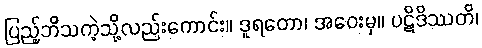
ပြည့်ဘိသကဲ့သို့လည်းကောင်း။ ဒူရတော၊ အဝေးမှ။ ပဋိဒိဿတိ၊